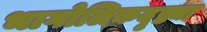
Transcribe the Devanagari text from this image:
भागोलिकदृष्ट्या